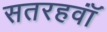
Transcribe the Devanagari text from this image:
सतरहवॉं